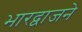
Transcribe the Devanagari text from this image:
भारद्वाजने